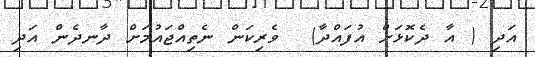
އަދި ( އާ ދެކޮޅަށް އުފައްދާ)  ވެރިކަން ނެތިއްޖައުމަށް ދާނދެން އަދި